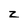
Character: z